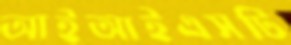
আইআইএসটি